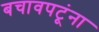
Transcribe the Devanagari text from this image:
बचावपटूंना